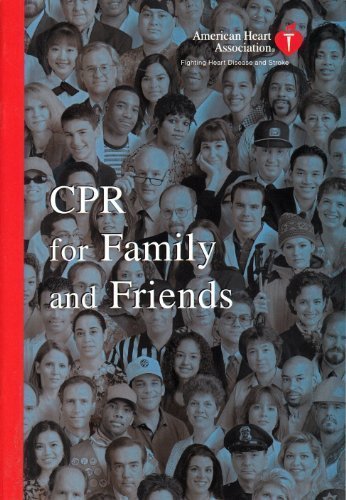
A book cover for CPR For Family And Friends; American Heart Association; Health, Fitness & Dieting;